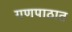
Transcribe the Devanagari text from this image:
गणपाठात